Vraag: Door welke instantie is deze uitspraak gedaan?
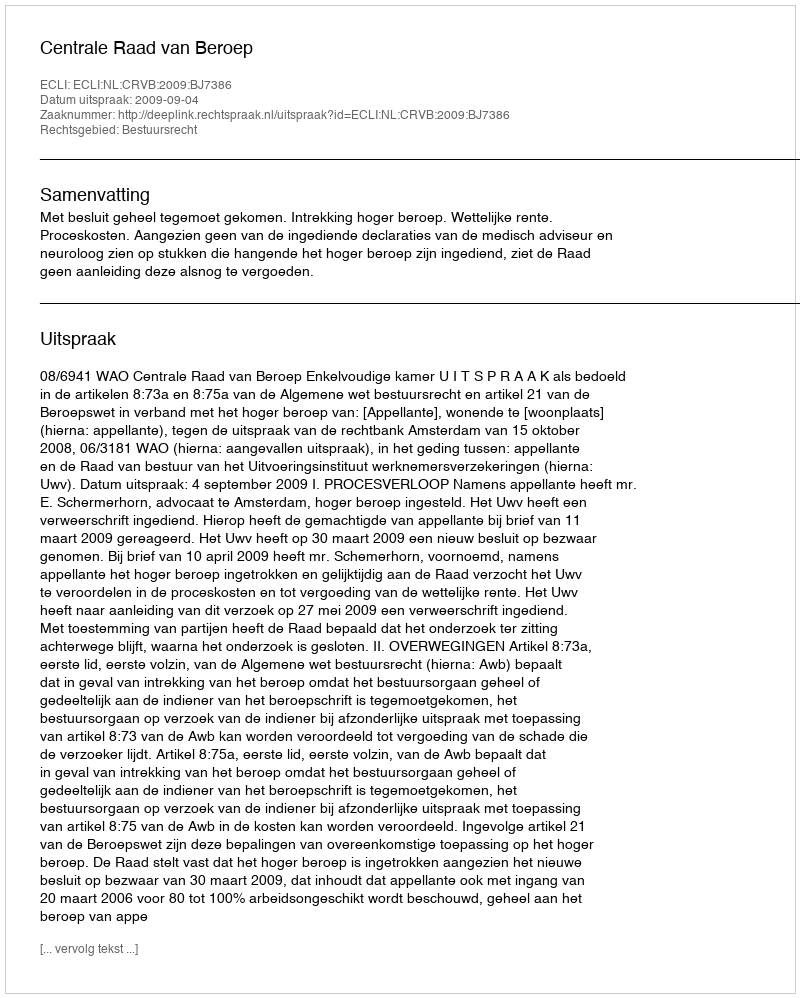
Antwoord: Centrale Raad van Beroep